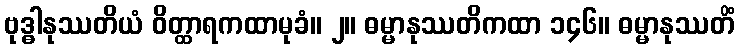
ဗုဒ္ဓါနုဿတိယံ ဝိတ္ထာရကထာမုခံ။ ၂။ ဓမ္မာနုဿတိကထာ ၁၄၆။ ဓမ္မာနုဿတိံ